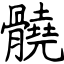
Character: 髐